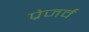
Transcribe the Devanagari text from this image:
प्रेजर्व